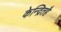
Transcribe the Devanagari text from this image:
केन्द्रितहै